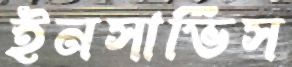
ইনসার্ভিস